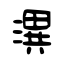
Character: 潩